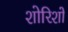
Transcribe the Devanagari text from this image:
शोरिशों